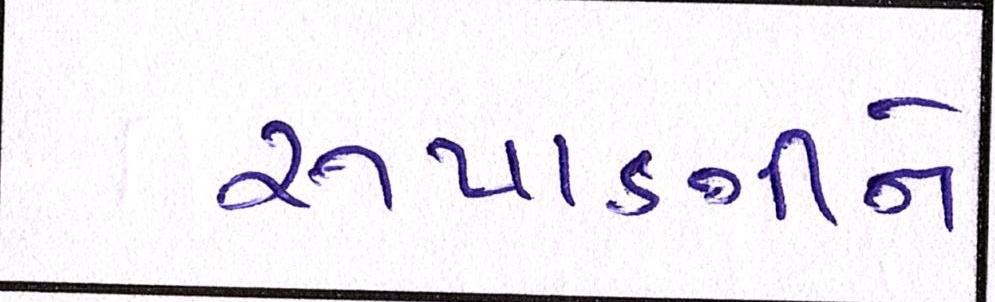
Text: રૂપાણીને